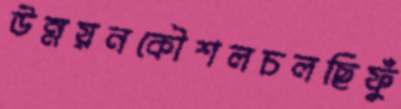
উন্নয়নকৌশলচলছিফুঁ